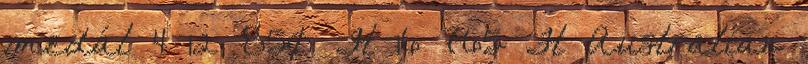
medál 4 12 850 Ft 16 765 Ft Australian